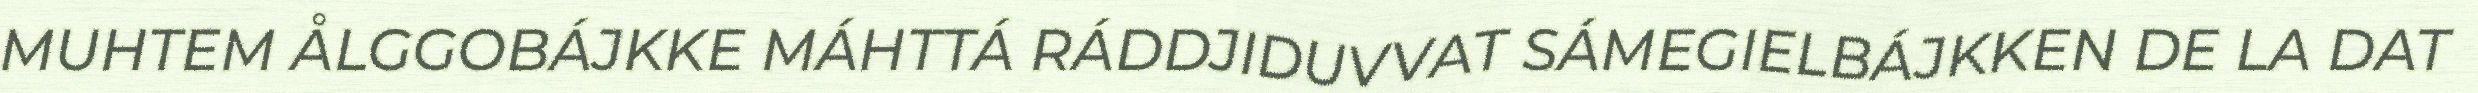
MUHTEM ÅLGGOBÁJKKE MÁHTTÁ RÁDDJIDUVVAT SÁMEGIELBÁJKKEN DE LA DAT